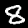
Label: 8